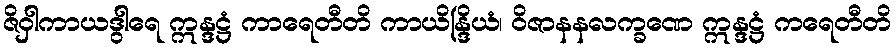
ဇိဝှါကာယဒွါရေ ဣန္ဒဋ္ဌံ ကာရေတီတိ ကာယိန္ဒြိယံ၊ ဝိဇာနနလက္ခဏေ ဣန္ဒဋ္ဌံ ကရေတီတိ